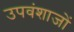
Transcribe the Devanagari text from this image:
उपवंशाजों